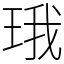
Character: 珴